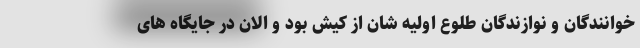
خوانندگان و نوازندگان طلوع اولیه شان از کیش بود و الان در جایگاه های